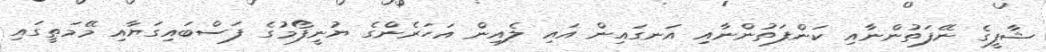
ޝާފީގެ ނޭފަތުންނާއި ކަންފަތުންނާއި އަނގައިން އައި ލެއިން އަހަރެންގެ ޔުނީފޯމުގެ ފަސްބައިގަޔާއި މޭމަތީގައި